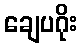
ချေပဂိုး